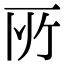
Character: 𠩄